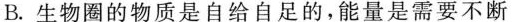
B.生物圈的物质是自给自足的，能量是需要不断